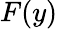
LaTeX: F(y)